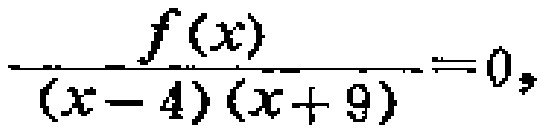
\(\frac{f(x)}{(x - 4)(x + 9)} = 0\)